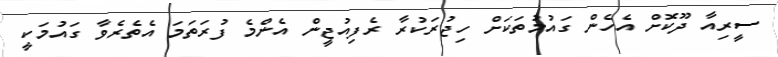
ސީރިއާ ދޫކޮށް އެހެން ގައުމުތަކަށް ހިޖުރަކުރާ ރެފިއުޖީން އެންމެ ފުރަތަމަ އެތެރެވާ ގައުމަކީ